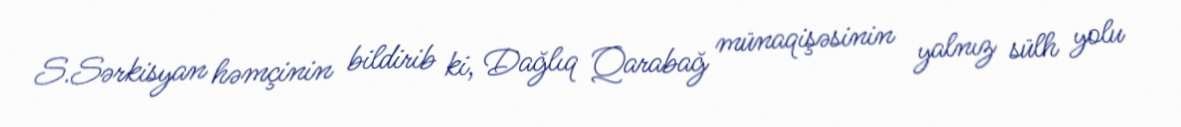
S.Sərkisyan həmçinin bildirib ki, Dağlıq Qarabağ münaqişəsinin yalnız sülh yolu